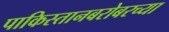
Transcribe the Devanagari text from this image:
पाकिस्तानबरोबरच्या